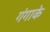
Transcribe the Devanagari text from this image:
गंगाके